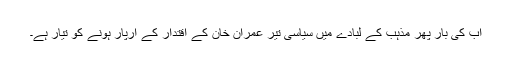
اب کی بار پھر مذہب کے لبادے میں سیاسی تیر عمران خان کے اقتدار کے آرپار ہونے کو تیار ہے۔